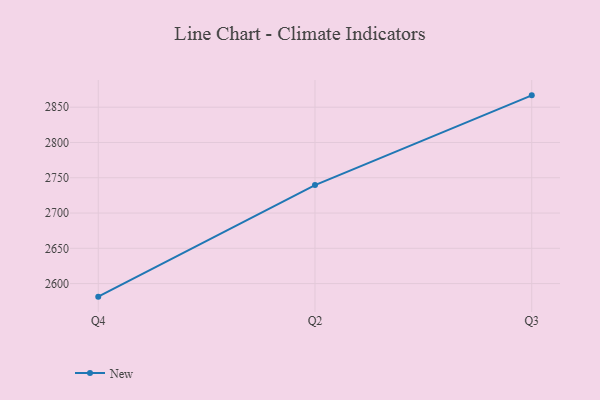
{"axis": {"x": "Quarter", "y": "Latency (ms)"}, "legend": ["New"], "data": [{"x": "Q4", "y": 2581.5, "type": "New"}, {"x": "Q2", "y": 2739.6, "type": "New"}, {"x": "Q3", "y": 2866.8, "type": "New"}]}